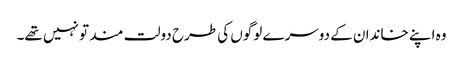
وہ اپنے خاندان کے دوسرے لوگوں کی طرح دولت مند تو نہیں تھے۔